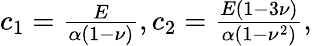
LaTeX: \begin{array}{r}{c_{1}=\frac{E}{\alpha(1-\nu)},c_{2}=\frac{E(1-3\nu)}{\alpha(1-\nu^{2})},}\end{array}